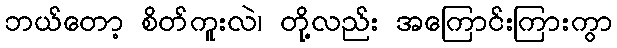
ဘယ်တော့ စိတ်ကူးလဲ၊ တို့လည်း အကြောင်းကြားကွာ